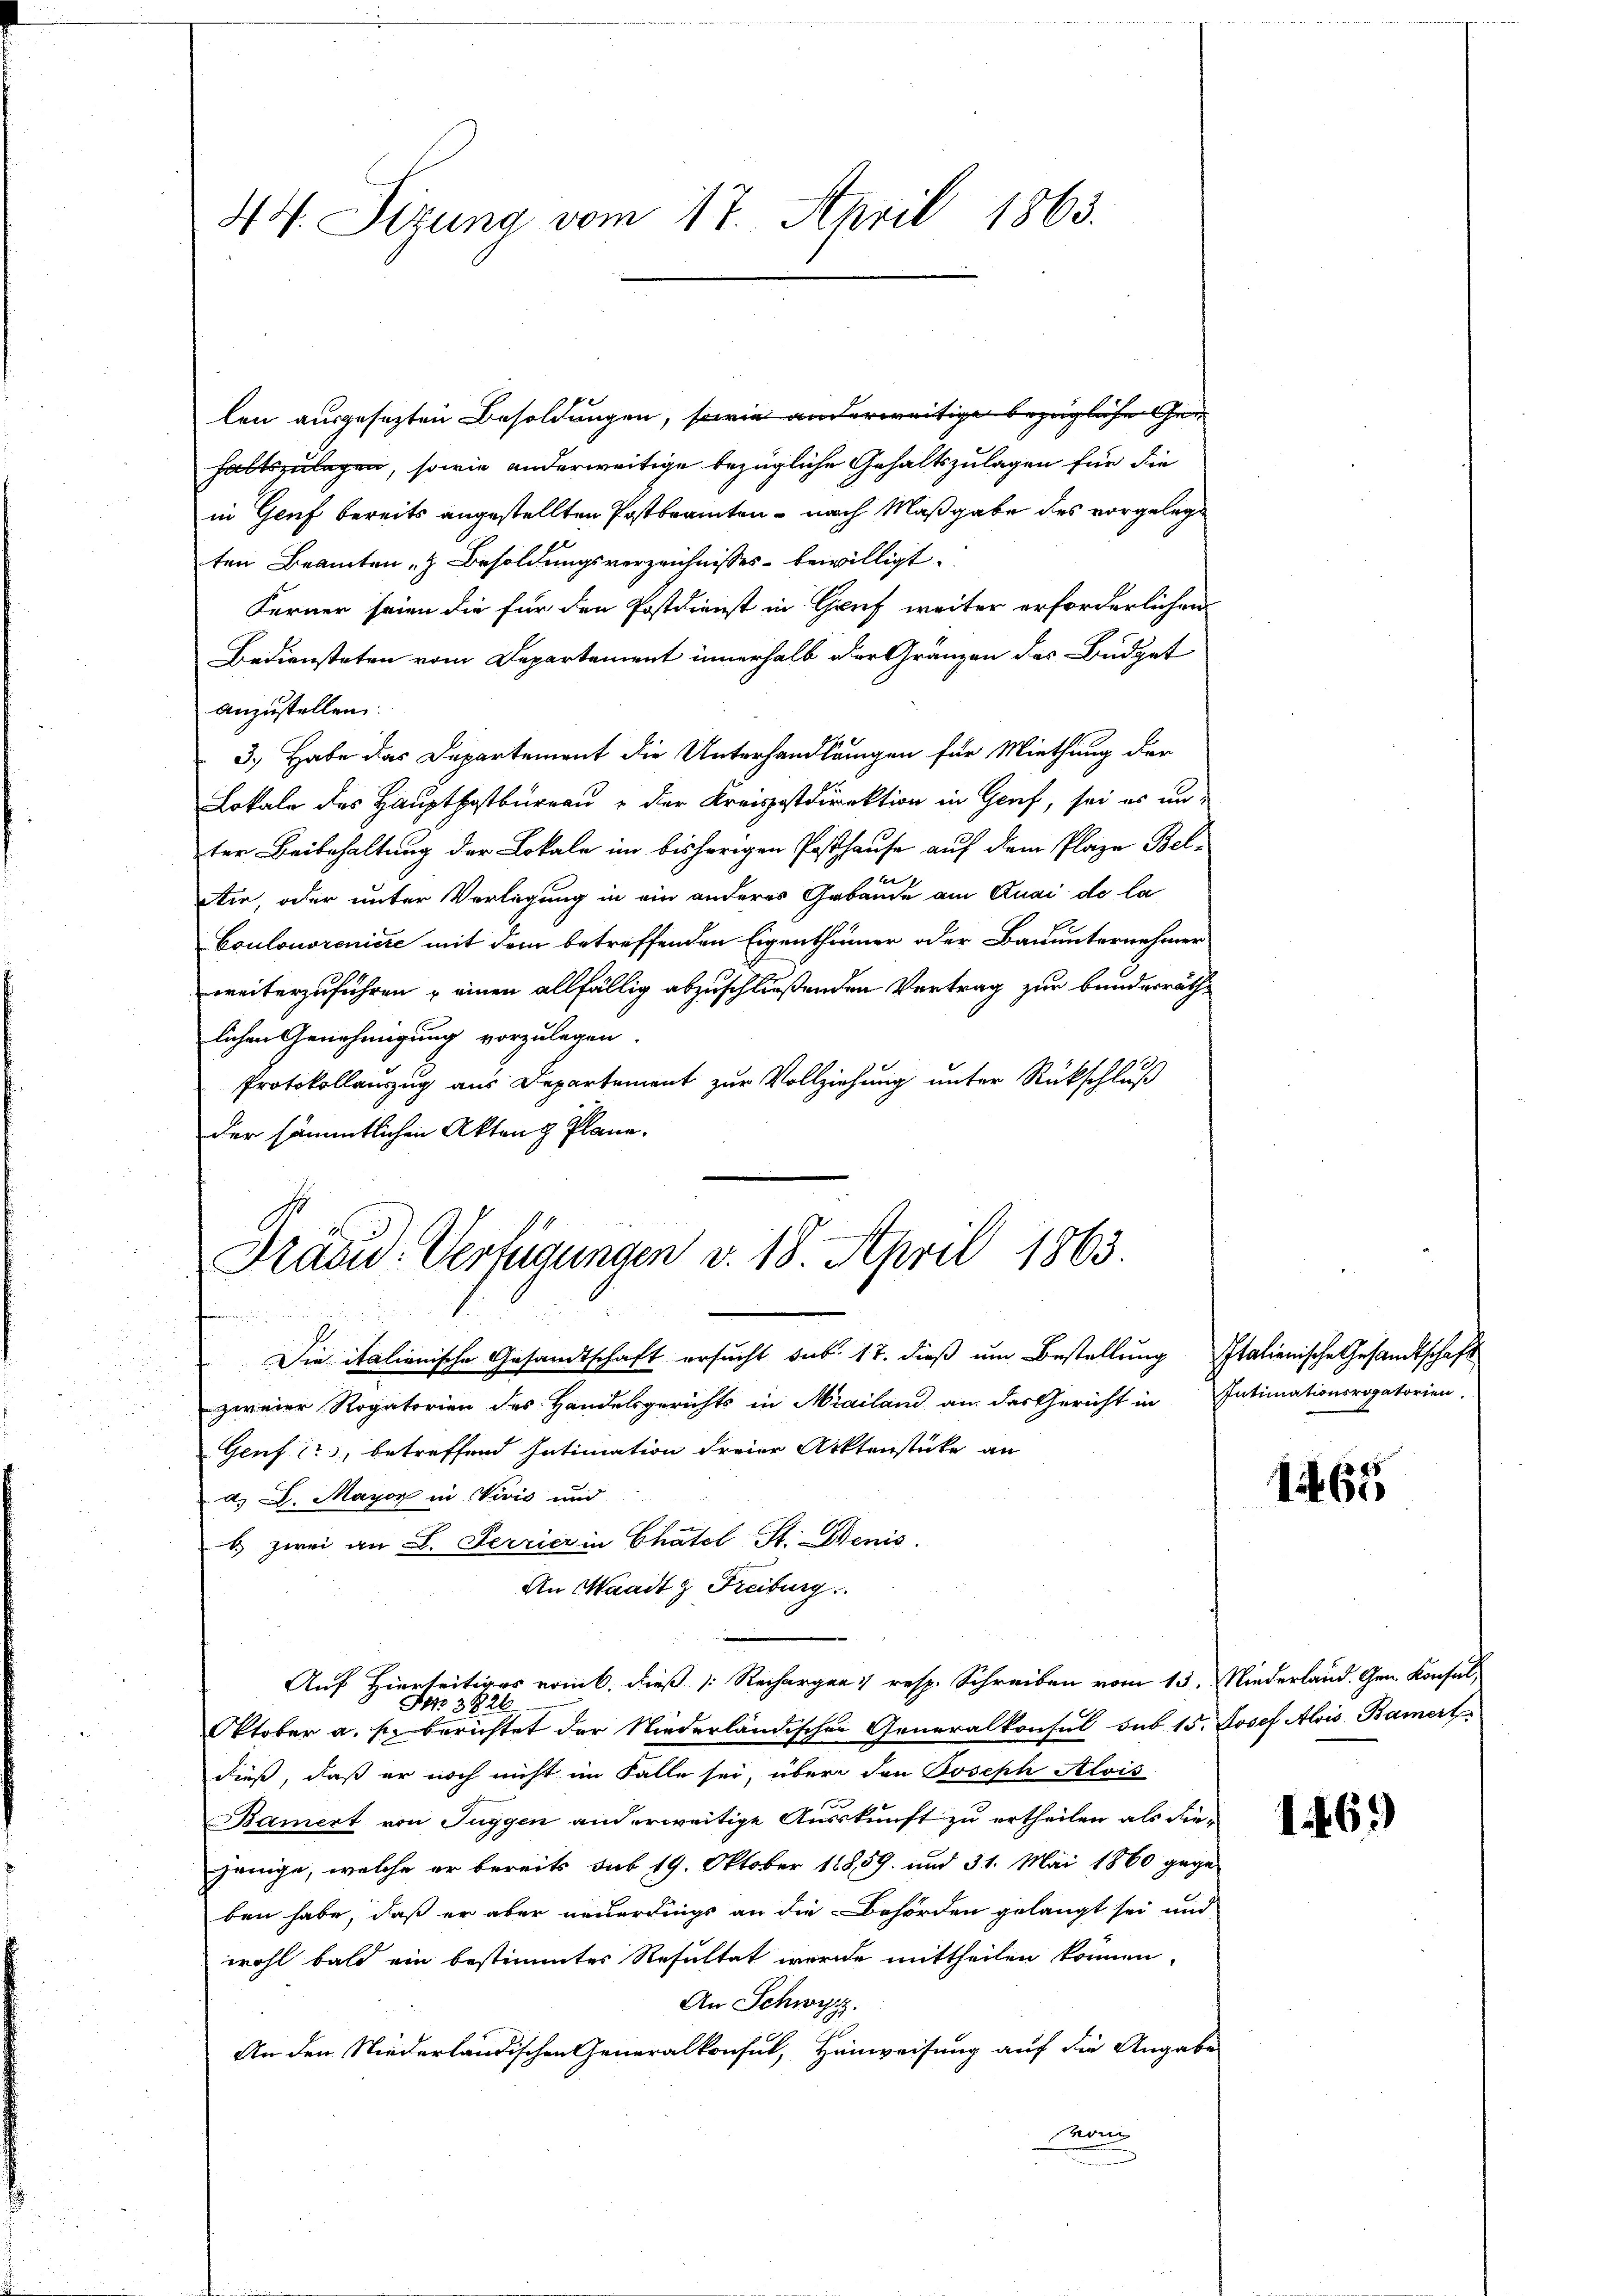
44. Sizung vom 17. April 1863.

len ausgesetzten Besoldungen, sowie anderweitige bezügliche Gehaltszulegen, sowie anderweitige bezügliche Gehaltszulagen für die
in Genf bereits angestellten Postbeamten - nach Maßgabe des vorgelegt
ten Beamten, & Besoldungsverzeichnisses bewilligt.
Ferner seien die für den Postdienst in Gruf weiter erforderlichen
Bediensteten vom Departement innerhalb der Gränzen des Büdget
anzustellen.
3.) Habe das Departement die Unterhandlungen für Miethung der
Lokale des Hauptpostbüreau & der Kreisstdirektion in Genf, sei es unter Beibehaltung der Lokale im bisherigen Posthause auf dem Plaze Bel¬
Ai, oder unter Verlegung in ein anderes Gebäude am Quai de la
Coulonoreniere mit dem betreffenden Eigenthümer oder Bauunternehmer
weiterzuführen, einen allfällig abzuschließenden Vertrag zur Bunderräth
lichen Genehmigung vorzulegen.
Protokollauszug aus Departement zur Vollziehung unter Rückschluß
der sämmtlichen Akten Plane.

Präsid. Verfügungen v. 18. April 1863.
  den den und

Die italienische Gesandtschaft ersucht sub. 17. dieß um Bestellung Italienische Gesandtschaft
zweier Rogatorien des Handelsgerichts in Mailand an das Gericht in Intimationsrogatorien.
Genf 13, betreffend Intimation freier Arktenstücke an
d. L. Mayor in Vivić und
b zwei an S. Perrier in Chatel St. Denis
An Waadt & Freiburg
Auf Hierseitiges vom 6. dieß [: Rechargen resp. Schreiben vom 15. Niederland. Gen. Konsul¬
Oktober a. s. berichtet der Niederländischer Generalkonsul sub 15. Josef Alois Baiert
dieß, daß er noch nicht im Falle sei, über den Joseph Alois
Bamert von Tuggen anderweitige Auskunft zu ertheilen als diejenige, welche er bereits sub 19. Oktober 18859. und 31. Mai 1860 gege-
ben habe, daß er aber neuerdings an die Behörden gelangt sei und
wohl bald ein bestimmtes Resultat wurde mittheilen können,
An Schwyz.
An den Niederländischen Generalkonsul, Hinweisung auf die Angabe
Mon

NNo. 3826

165

1469)